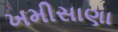
ખમીસાણા